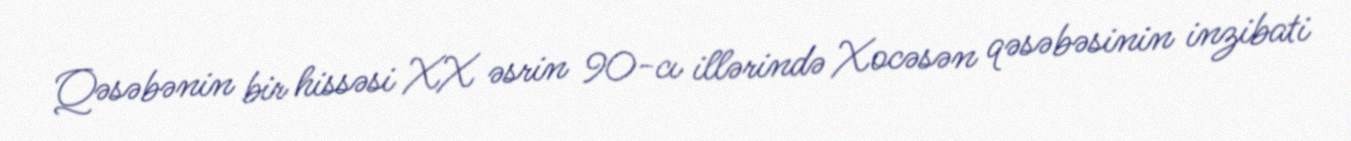
Qəsəbənin bir hissəsi XX əsrin 90-cı illərində Xocəsən qəsəbəsinin inzibati